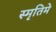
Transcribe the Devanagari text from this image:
स्मृतिमे